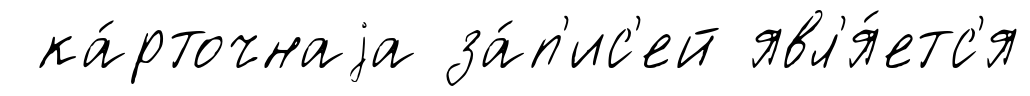
ка́рточнаjа за́п'ис'ей явл'я́етс'я